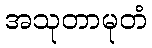
အသုတာမုတံ